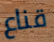
قناع